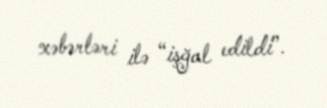
xəbərləri ilə “işğal edildi”.